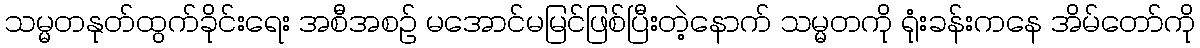
သမ္မတနုတ်ထွက်ခိုင်းရေး အစီအစဉ် မအောင်မမြင်ဖြစ်ပြီးတဲ့နောက် သမ္မတကို ရုံးခန်းကနေ အိမ်တော်ကို